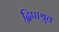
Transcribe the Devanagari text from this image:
द्विपाश्र्व